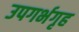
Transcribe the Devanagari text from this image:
उपगर्भगृह